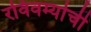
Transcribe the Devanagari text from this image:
रविवर्म्याची